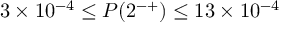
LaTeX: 3 \times 1 0 ^ { - 4 } \leq P ( 2 ^ { - + } ) \leq 1 3 \times 1 0 ^ { - 4 }